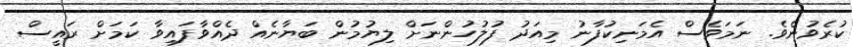
ކުރެވުނެވެ. ނަމަވެސް އެމަނިކުފާނު މިއަދު ފުލުހުންނަށް ލިޔުމުން ބަޔާނެއް ދެއްވާފައިވާ ކަމަށް ރައީސް